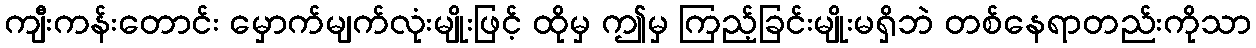
ကျီးကန်းတောင်း မှောက်မျက်လုံးမျိုးဖြင့် ထိုမှ ဤမှ ကြည့်ခြင်းမျိုးမရှိဘဲ တစ်နေရာတည်းကိုသာ